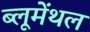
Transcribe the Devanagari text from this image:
ब्लूमेंथल